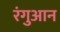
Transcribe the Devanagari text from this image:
रंगुआन